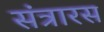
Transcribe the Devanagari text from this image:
संत्रारस